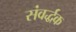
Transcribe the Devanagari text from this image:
संवर्द्धक